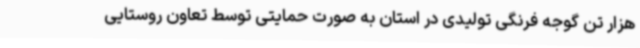
هزار تن گوجه فرنگی تولیدی در استان به صورت حمایتی توسط تعاون روستایی